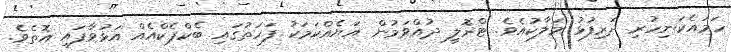
ހަމައެކަނިހުރި ދަރިފުޅު މަލާކުއެވެ. ޓްރޮލީ ދުއްވަމުން އަޔެއްކަމަކު ފަހަތުގައި ބެކްޕެކްއެއް އަޅުވާފައި އޮތެވެ.